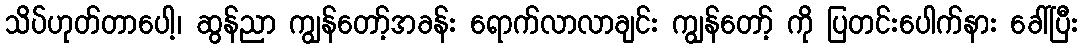
သိပ်ဟုတ်တာပေါ့၊ ဆွန်ညာ ကျွန်တော့်အခန်း ရောက်လာလာချင်း ကျွန်တော့် ကို ပြတင်းပေါက်နား ခေါ်ပြီး